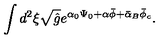
\int { d ^ { 2 } } \xi \sqrt { \hat { g } } { e ^ { { \alpha _ { 0 } } { \Psi _ { 0 } } + \alpha \bar { \phi } + { \bar { \alpha } _ { B } } { \bar { \phi } _ { c } } } } .